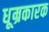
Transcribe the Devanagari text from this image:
धूम्रकारक